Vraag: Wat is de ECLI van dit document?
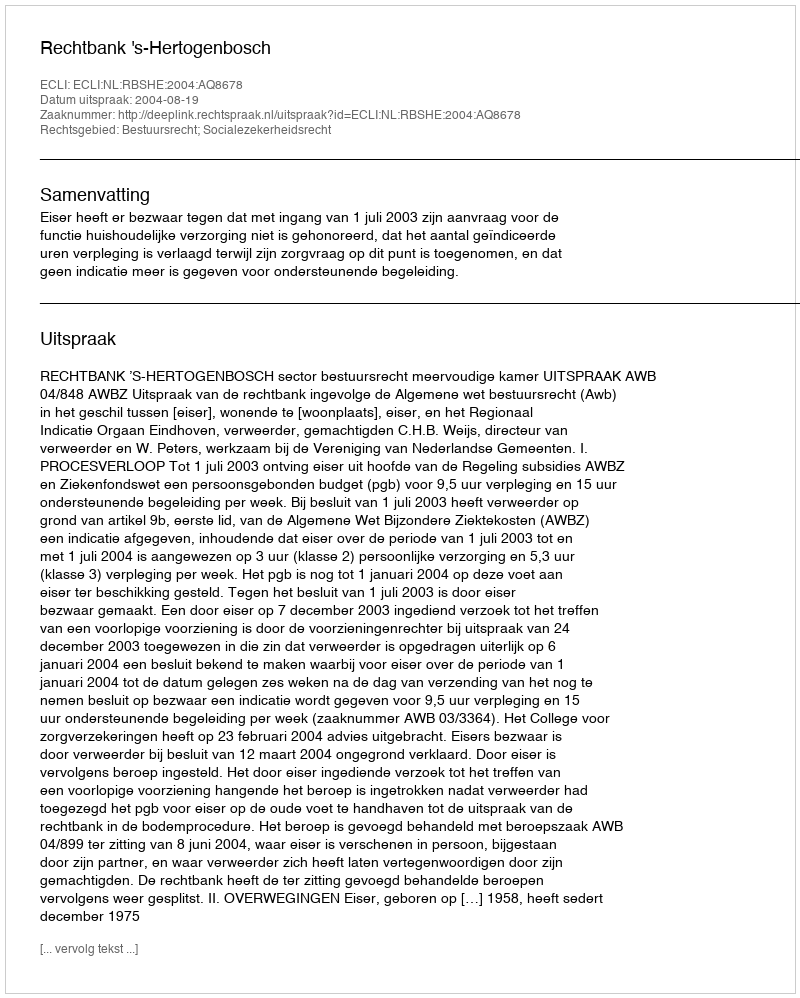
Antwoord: ECLI:NL:RBSHE:2004:AQ8678